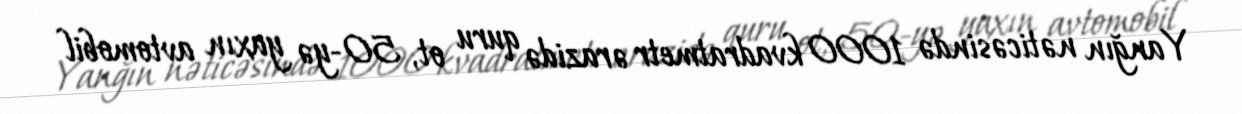
Yanğın nəticəsində 1000 kvadratmetr ərazidə quru ot, 50-yə yaxın avtomobil